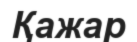
Қажар